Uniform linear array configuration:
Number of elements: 64
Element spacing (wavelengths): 1
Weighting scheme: binomial
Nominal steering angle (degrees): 15
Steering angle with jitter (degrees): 14.432
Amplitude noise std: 0.05
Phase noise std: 0.05

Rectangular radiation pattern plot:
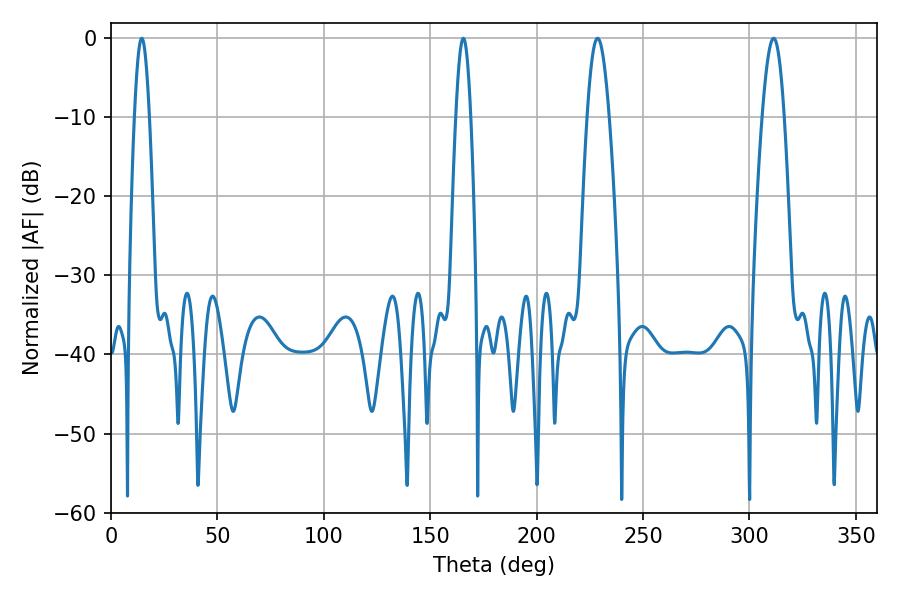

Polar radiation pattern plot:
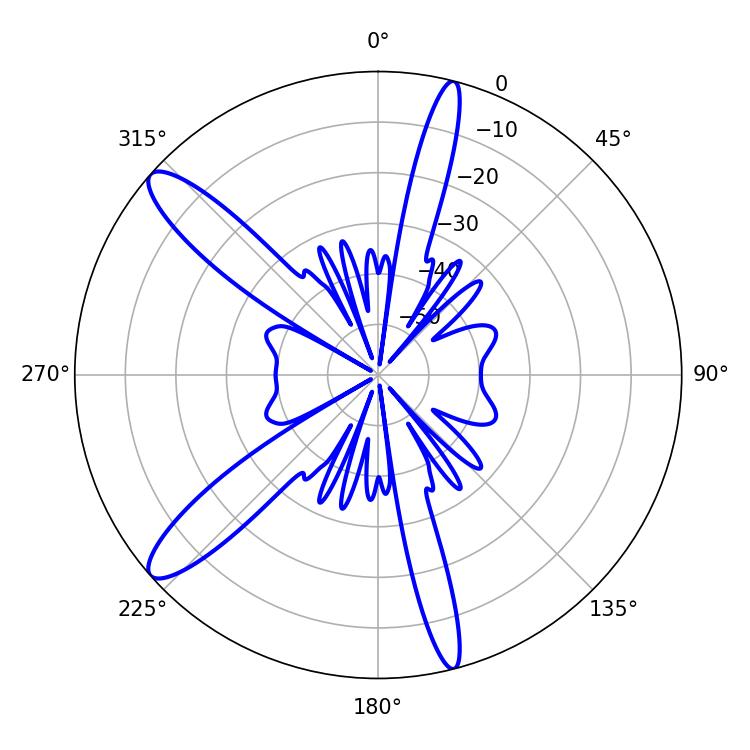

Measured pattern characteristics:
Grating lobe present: TRUE
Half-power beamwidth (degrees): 5.58
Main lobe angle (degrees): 228.6